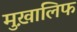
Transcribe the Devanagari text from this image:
मुख़ालिफ